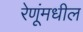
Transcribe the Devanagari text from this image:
रेणूंमधील